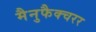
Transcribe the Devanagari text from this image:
मैनुफैक्चरर